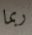
ربما